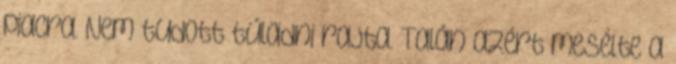
piacra. Nem tudott túladni rajta. Talán azért mesélte a